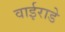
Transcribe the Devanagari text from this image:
वाईराडे